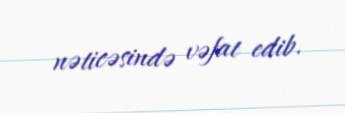
nəticəsində vəfat edib.